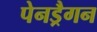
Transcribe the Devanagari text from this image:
पेनड्रैगन